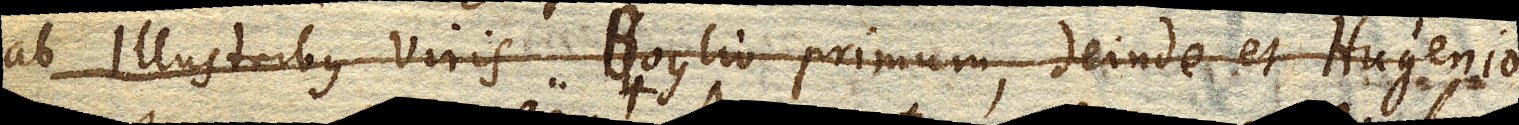
ab Illustribus viris Boylio primum, deinde et Hugenio